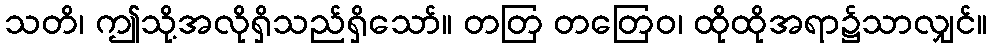
သတိ၊ ဤသို့အလိုရှိသည်ရှိသော်။ တတြ တတြေဝ၊ ထိုထိုအရာ၌သာလျှင်။